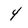
Character: 4